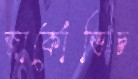
জার্কোভিচ